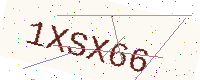
Text: 1XSX66